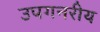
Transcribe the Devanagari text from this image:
उपगनरीय